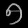
Digit: ၅